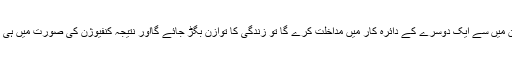
اب اگر ان میں سے ایک دوسرے کے دائرہ کار میں مداخلت کرے گا تو زندگی کا توازن بگڑ جائے گااور نتیجہ کنفیوژن کی صورت میں ہی نکلے گا۔